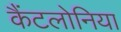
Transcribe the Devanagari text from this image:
कैंटलोनिया